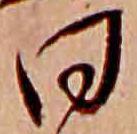
日